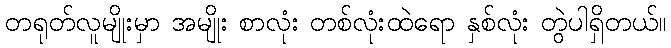
တရုတ်လူမျိုးမှာ အမျိုး စာလုံး တစ်လုံးထဲရော နှစ်လုံး တွဲပါရှိတယ်။